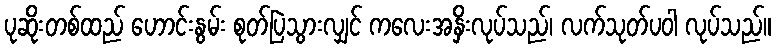
ပုဆိုးတစ်ထည် ဟောင်းနွမ်း စုတ်ပြဲသွားလျှင် ကလေးအနှိးလုပ်သည်၊ လက်သုတ်ပဝါ လုပ်သည်။